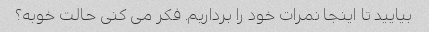
بیایید تا اینجا نمرات خود را برداریم. فکر می کنی حالت خوبه؟